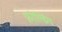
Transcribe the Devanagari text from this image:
फ़ोल्डिंग